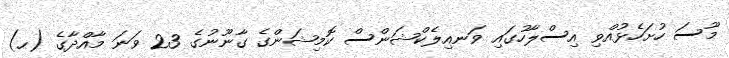
މޫސަ ހުށަހެޅުއްވި އިސްލާހުގައި ވަނއިލެކްޝަންސް ކޮމިޝަންގެ ގާނޫނުގެ 23 ވަނަ މާއްދާގެ (ހ)